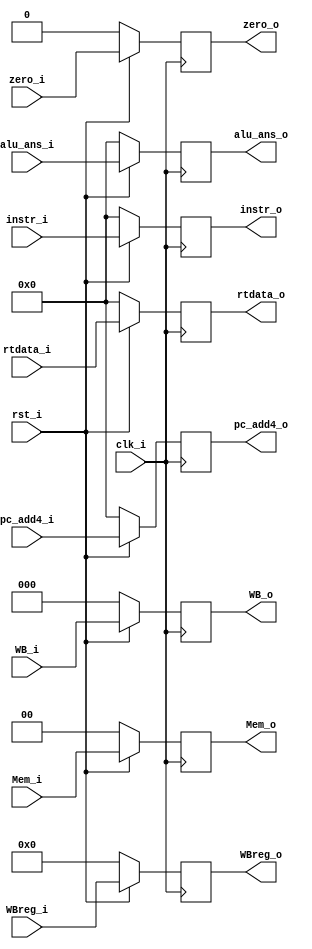
module MEM_register (clk_i, rst_i, instr_i, WB_i, Mem_i,  zero_i, alu_ans_i, rtdata_i, WBreg_i,pc_add4_i, instr_o, WB_o, Mem_o,  zero_o, alu_ans_o, rtdata_o, WBreg_o,pc_add4_o);

    input clk_i;
    input rst_i;
    input [31:0] instr_i;
    input [2:0] WB_i;
    input [1:0] Mem_i;
    input zero_i;
    input [31:0] alu_ans_i;
    input [31:0] rtdata_i;
    input [4:0] WBreg_i;
    input [31:0] pc_add4_i;

    output reg [31:0] instr_o;
    output reg [2:0] WB_o;
    output reg [1:0] Mem_o;
    output reg zero_o;
    output reg [31:0] alu_ans_o;
    output reg [31:0] rtdata_o;
    output reg [4:0] WBreg_o;
    output reg [31:0] pc_add4_o;

    always @(posedge clk_i)
    begin
        if (!rst_i)
        begin
            instr_o <= 32'b00000000000000000000000000000000;
            WB_o <= 3'b000;
            Mem_o <= 2'b00;
            zero_o <= 1'b0;
            alu_ans_o <= 32'b00000000000000000000000000000000;
            rtdata_o <= 32'b00000000000000000000000000000000;
            WBreg_o <= 5'b00000;
            pc_add4_o <= 32'b00000000000000000000000000000000;
        end
        else
        begin
            instr_o <= instr_i;
            WB_o <= WB_i;
            Mem_o <= Mem_i;
            zero_o <= zero_i;
            alu_ans_o <= alu_ans_i;
            rtdata_o <= rtdata_i;
            WBreg_o <= WBreg_i;
            pc_add4_o <= pc_add4_i;
        end
    end
endmodule